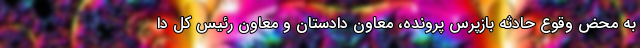
به محض وقوع حادثه بازپرس پرونده، معاون دادستان و معاون رئیس کل دا